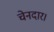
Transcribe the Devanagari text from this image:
चेनदार।